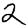
Digit: 2